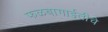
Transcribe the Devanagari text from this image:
फळबागाईतीचे